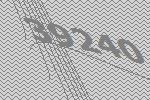
39240